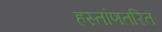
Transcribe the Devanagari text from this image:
हस्तांणतरित